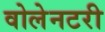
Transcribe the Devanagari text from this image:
वोलेनटरी